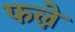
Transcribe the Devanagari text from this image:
फल्ने